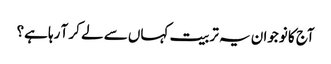
آج کا نوجوان یہ تربیت کہاں سے لے کر آ رہا ہے؟